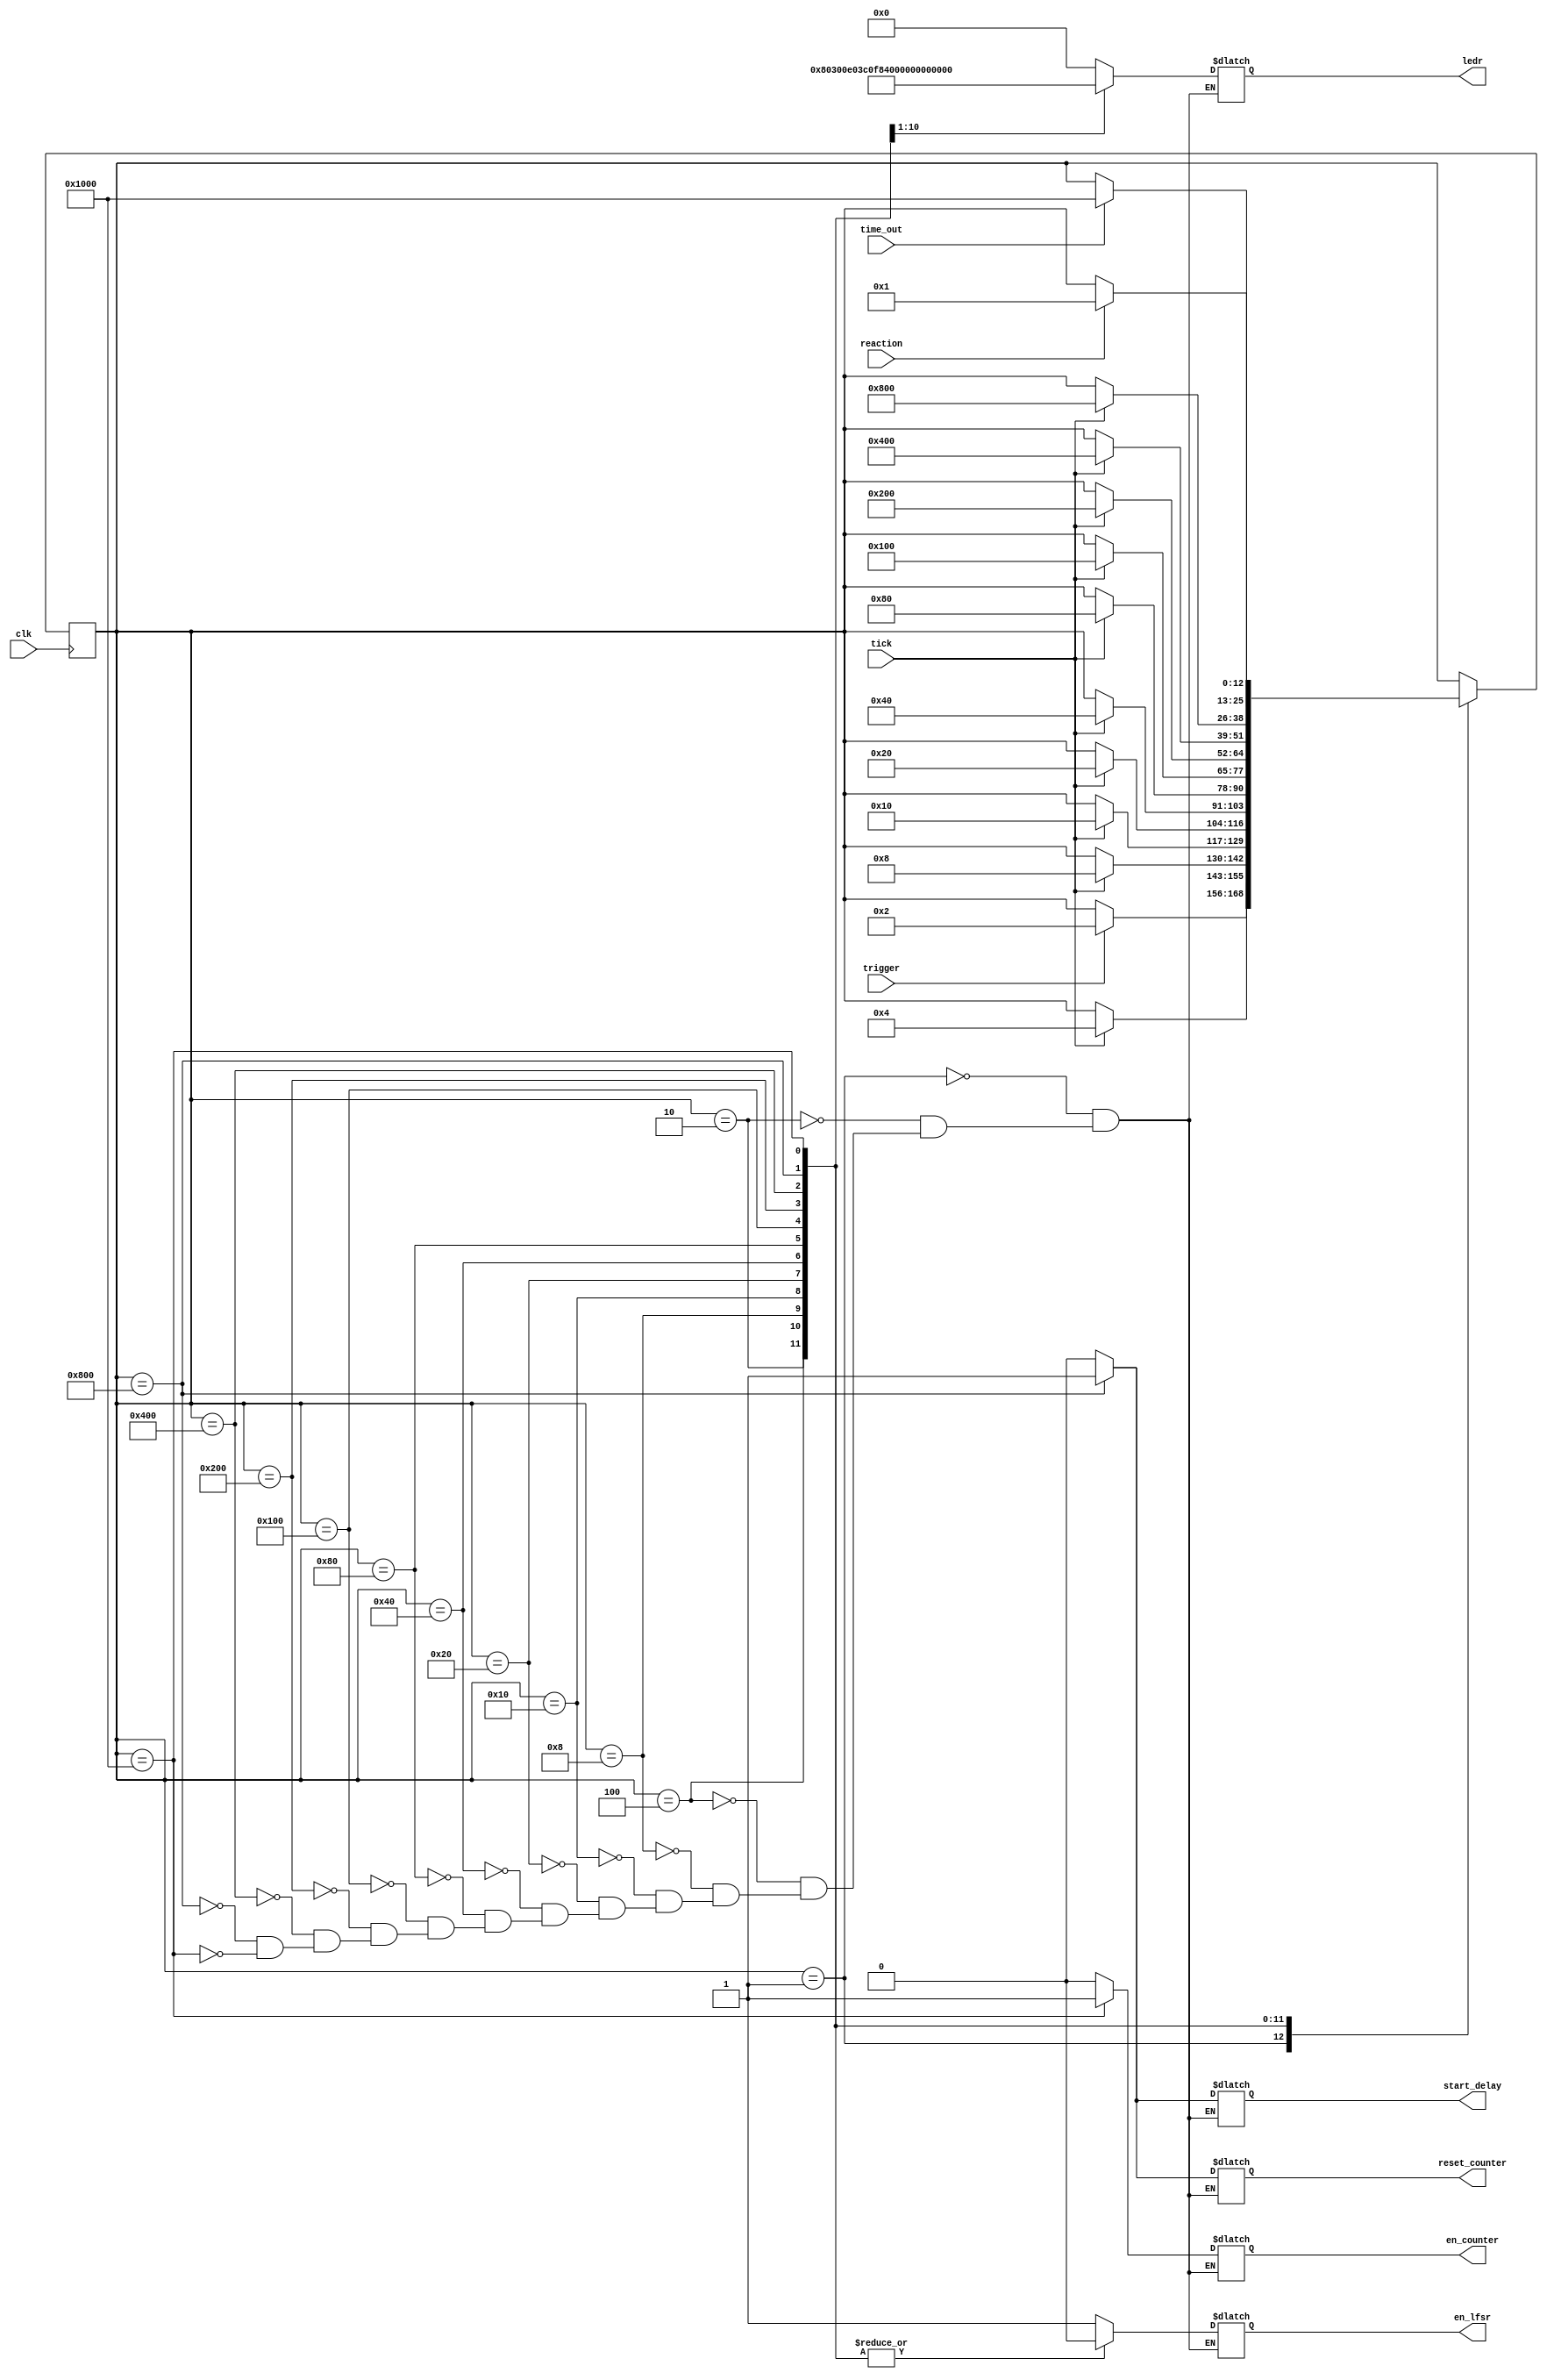
module ex9_fsm(
clk,
tick,
trigger,
time_out,
en_lfsr,
start_delay,
ledr,
reaction,
en_counter,
reset_counter);

	input clk, tick, trigger, time_out, reaction;
	output en_lfsr, start_delay, en_counter, reset_counter;
	output [9:0] ledr;
	
	parameter NSTATE = 13;
	
	parameter WAIT = 13'b0000000000001;
	parameter COUNT0 = 13'b0000000000010;
	parameter COUNT1 = 13'b0000000000100;
	parameter COUNT2 = 13'b0000000001000;
	parameter COUNT3 = 13'b0000000010000;
	parameter COUNT4 = 13'b0000000100000;
	parameter COUNT5 = 13'b0000001000000;
	parameter COUNT6 = 13'b0000010000000;
	parameter COUNT7 = 13'b0000100000000;
	parameter COUNT8 = 13'b0001000000000;
	parameter COUNT9 = 13'b0010000000000;
	parameter COUNT10 = 13'b0100000000000;
	parameter WAIT_REACTION = 13'b1000000000000;
	
	reg [NSTATE-1:0] state;
	reg en_lfsr, start_delay, en_counter, reset_counter;
	reg [9:0] ledr;
	
	initial state = WAIT;
	initial en_lfsr = 1'b0;
	initial start_delay = 1'b0;
	
	//state transitions
	always @ (posedge clk)
	begin
		case (state)
			WAIT: if(trigger == 1'b1) state <= COUNT0;
			//Should we check trigger == 0 here?
			COUNT0: if(tick == 1'b1) state <= COUNT1;
			COUNT1: if(tick == 1'b1) state <= COUNT2;
			COUNT2: if(tick == 1'b1) state <= COUNT3;
			COUNT3: if(tick == 1'b1) state <= COUNT4;
			COUNT4: if(tick == 1'b1) state <= COUNT5;
			COUNT5: if(tick == 1'b1) state <= COUNT6;
			COUNT6: if(tick == 1'b1) state <= COUNT7;
			COUNT7: if(tick == 1'b1) state <= COUNT8;
			COUNT8: if(tick == 1'b1) state <= COUNT9;
			COUNT9: if(tick == 1'b1) state <= COUNT10;
			COUNT10: if(time_out == 1'b1) state <= WAIT_REACTION;
			WAIT_REACTION: if(reaction == 1'b1) state <= WAIT;
			default: ; //do nothing
		endcase
	end
	
	//ouput combinational logic
	always @ (*)
	begin
		case (state)
			WAIT: begin
					en_lfsr <= 1'b1;
					start_delay <= 1'b0;
					ledr <= 10'b0000000000;
					en_counter <= 1'b0;
					reset_counter <= 1'b0;
					end
			COUNT0: 	begin
						en_lfsr <= 1'b0;
						start_delay <= 1'b0;
						ledr <= 10'b0000000000;
						en_counter <= 1'b0;
						reset_counter <= 1'b0;
						end
			COUNT1:	begin
						en_lfsr <= 1'b0;
						start_delay <= 1'b0;
						ledr <= 10'b1000000000;
						en_counter <= 1'b0;
						reset_counter <= 1'b0;
						end
			COUNT2:	begin
						en_lfsr <= 1'b0;
						start_delay <= 1'b0;
						ledr <= 10'b1100000000;
						en_counter <= 1'b0;
						reset_counter <= 1'b0;
						end
			COUNT3:	begin
						en_lfsr <= 1'b0;
						start_delay <= 1'b0;
						ledr <= 10'b1110000000;
						en_counter <= 1'b0;
						reset_counter <= 1'b0;
						end
			COUNT4:	begin
						en_lfsr <= 1'b0;
						start_delay <= 1'b0;
						ledr <= 10'b1111000000;
						en_counter <= 1'b0;
						reset_counter <= 1'b0;
						end
			COUNT5:	begin
						en_lfsr <= 1'b0;
						start_delay <= 1'b0;
						ledr <= 10'b1111100000;
						en_counter <= 1'b0;
						reset_counter <= 1'b0;
						end
			COUNT6:	begin
						en_lfsr <= 1'b0;
						start_delay <= 1'b0;
						ledr <= 10'b1111110000;
						en_counter <= 1'b0;
						reset_counter <= 1'b0;
						end
			COUNT7:	begin
						en_lfsr <= 1'b0;
						start_delay <= 1'b0;
						ledr <= 10'b1111111000;
						en_counter <= 1'b0;
						reset_counter <= 1'b0;
						end
			COUNT8:	begin
						en_lfsr <= 1'b0;
						start_delay <= 1'b0;
						ledr <= 10'b1111111100;
						en_counter <= 1'b0;
						reset_counter <= 1'b0;
						end
			COUNT9:	begin
						en_lfsr <= 1'b0;
						start_delay <= 1'b0;
						ledr <= 10'b1111111110;
						en_counter <= 1'b0;
						reset_counter <= 1'b0;
						end
			COUNT10:	begin
						en_lfsr <= 1'b0;
						start_delay <= 1'b1;
						ledr <= 10'b1111111111;
						en_counter <= 1'b0;
						reset_counter <= 1'b1;
						end
			WAIT_REACTION: begin
								en_lfsr <= 1'b0;
								start_delay <= 1'b0;
								ledr <= 10'b0000000000;
								reset_counter <= 1'b0;
								en_counter <= 1'b1;
								end
			default: ; //do nothing
		endcase
	end
		
endmodule